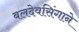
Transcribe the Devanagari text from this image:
बलदेवसिंगाने